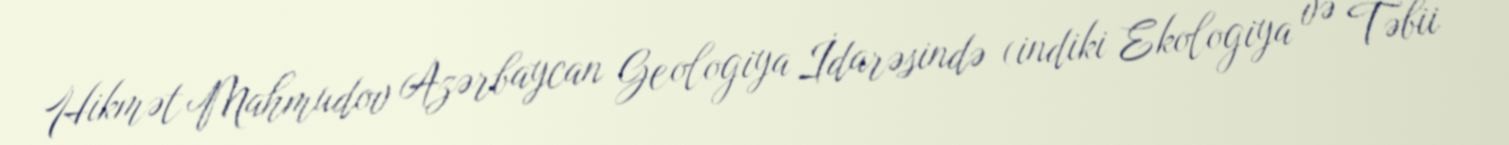
Hikmət Mahmudov Azərbaycan Geologiya İdarəsində (indiki Ekologiya və Təbii